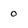
Character: 0